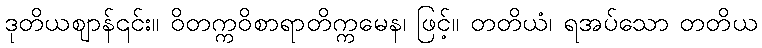
ဒုတိယဈာန်၎င်း။ ဝိတက္ကဝိစာရာတိက္ကမေန၊ ဖြင့်။ တတိယံ၊ ရအပ်သော တတိယ